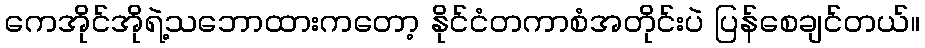
ကေအိုင်အိုရဲ့သဘောထားကတော့ နိုင်ငံတကာစံအတိုင်းပဲ ပြန်စေချင်တယ်။